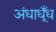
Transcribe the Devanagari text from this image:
अंधाधूँध